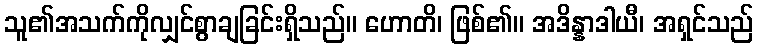
သူ၏အသက်ကိုလျှင်စွာချခြင်းရှိသည်။ ဟောတိ၊ ဖြစ်၏။ အဒိန္နာဒါယီ၊ အရှင်သည်